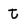
Character: t